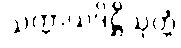
သက္ကာယဒိဋ္ဌိသုတ္တံ